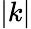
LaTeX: |k|